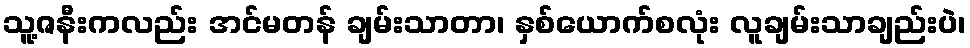
သူ့ဇနီးကလည်း အင်မတန် ချမ်းသာတာ၊ နှစ်ယောက်စလုံး လူချမ်းသာချည်းပဲ၊